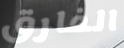
الفارق